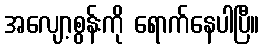
အလျော့စွန်းကို ရောက်နေပါပြီ။